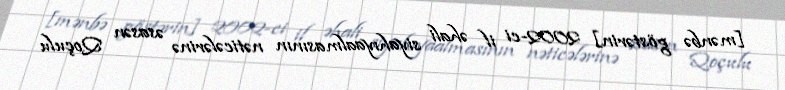
[mənbə göstərin] 2002-ci il əhali siyahıyaalmasının nəticələrinə əsasən Qoçulu